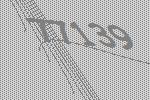
77139